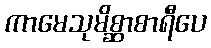
ကာမေသုမိစ္ဆာစာရီပေ